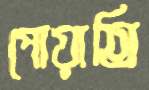
পোয়াতি